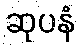
ဆုပနံ